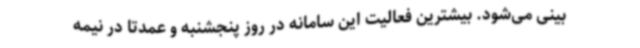
بینی می‌شود. بیشترین فعالیت این سامانه در روز پنجشنبه و عمدتا در نیمه